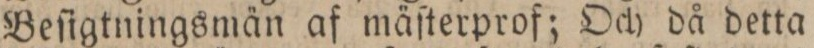
Beſigtningsmän af mäſterprof; Och då detta